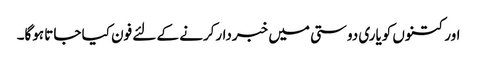
اور کتنوں کویاری دوستی میں خبردار‌کرنے کے لئے فون کیا جاتا ہوگا۔